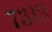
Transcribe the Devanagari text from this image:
७३१३